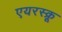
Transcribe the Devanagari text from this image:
एयरस्क्रू